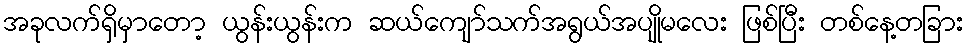
အခုလက်ရှိမှာတော့ ယွန်းယွန်းက ဆယ်ကျော်သက်အရွယ်အပျိုမလေး ဖြစ်ပြီး တစ်နေ့တခြား